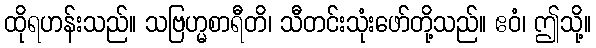
ထိုရဟန်းသည်။ သဗြဟ္မစာရီတိ၊ သီတင်းသုံးဖော်တို့သည်။ ဧဝံ၊ ဤသို့။